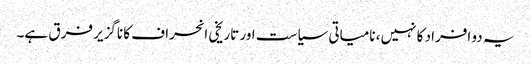
یہ دو افراد کا نہیں، نامیاتی سیاست اور تاریخی انحراف کا ناگزیر فرق ہے۔